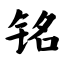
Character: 铭